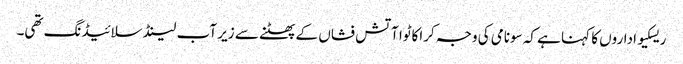
ریسکیو اداروں کا کہنا ہے کہ سونامی کی وجہ کراکاٹوا آتش فشاں کے پھٹنے سے زیر آب لینڈ سلائیڈنگ تھی۔